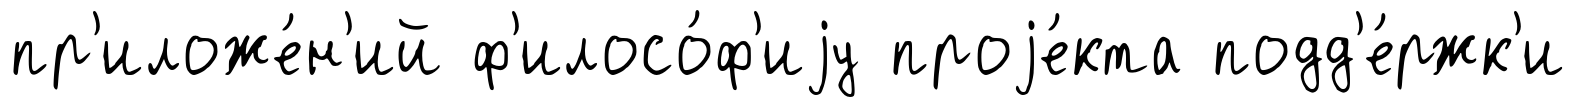
пр'иложе́н'ий ф'илосо́ф'иjу проjе́кта подд'е́ржк'и